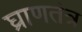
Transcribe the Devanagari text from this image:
घ्राणतंत्र